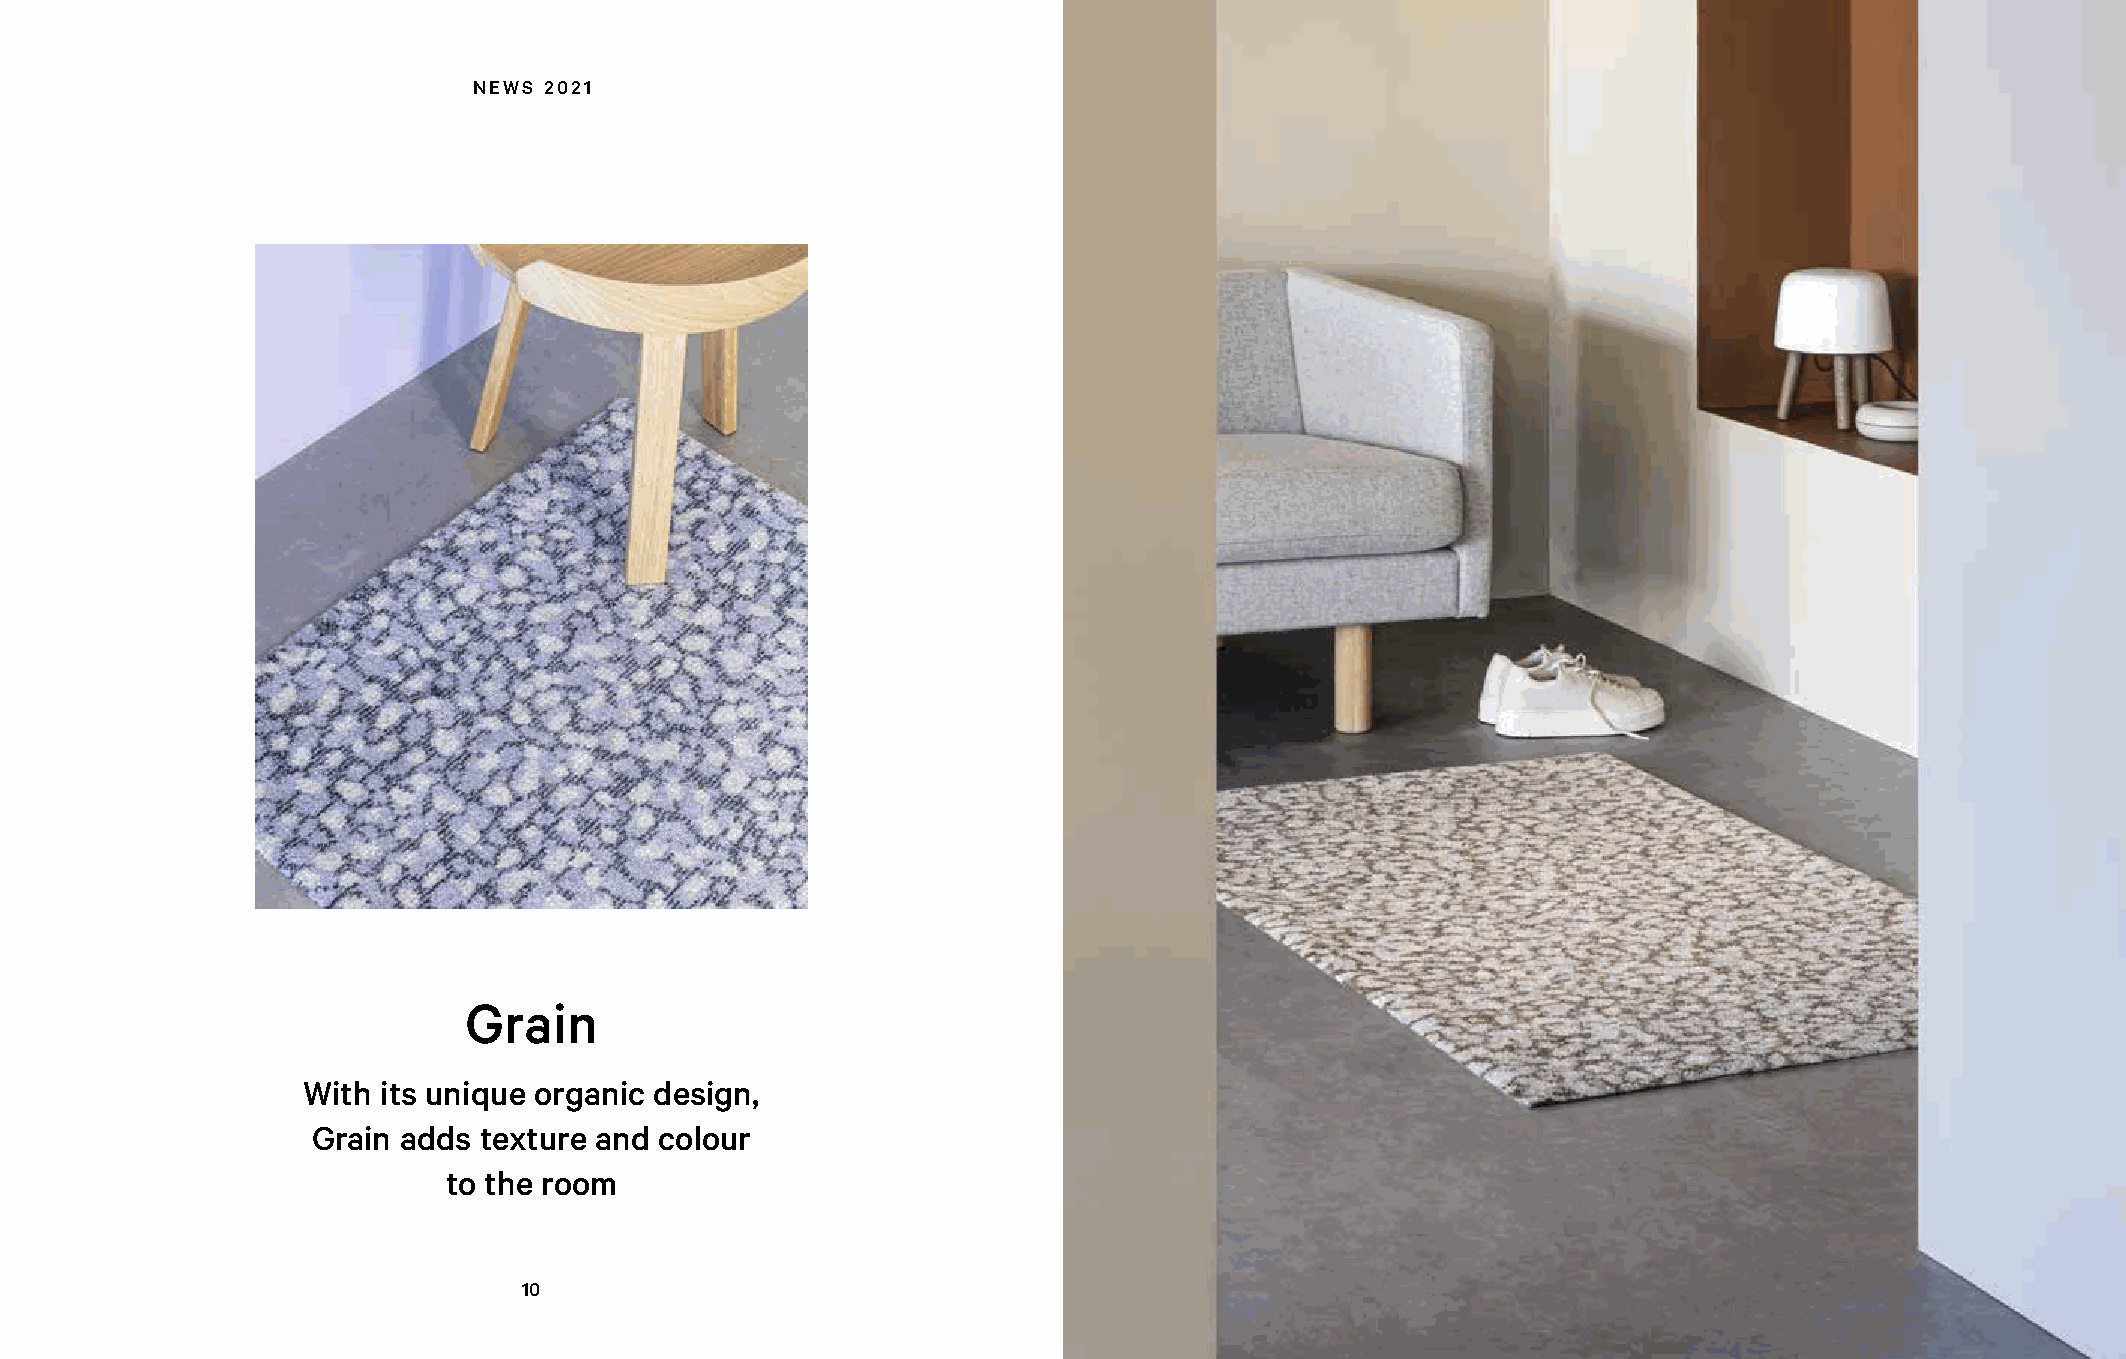
NEWS 2021
 Grain
 With its unique organic design,
 Grain adds texture and colour
 to the room
 10                                                                    11